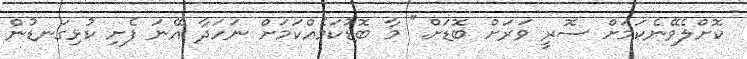
ކޮށްލެވޭނެކަމަށް ސޮރީ ވަރަށް ބޮޑަށް." މާ ބޮޑުކަމެއްކަމަށް ނަހަދާ އޭނަ ފެށި ކުޅިގަނޑުން